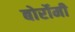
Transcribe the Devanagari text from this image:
बोर्रोमी